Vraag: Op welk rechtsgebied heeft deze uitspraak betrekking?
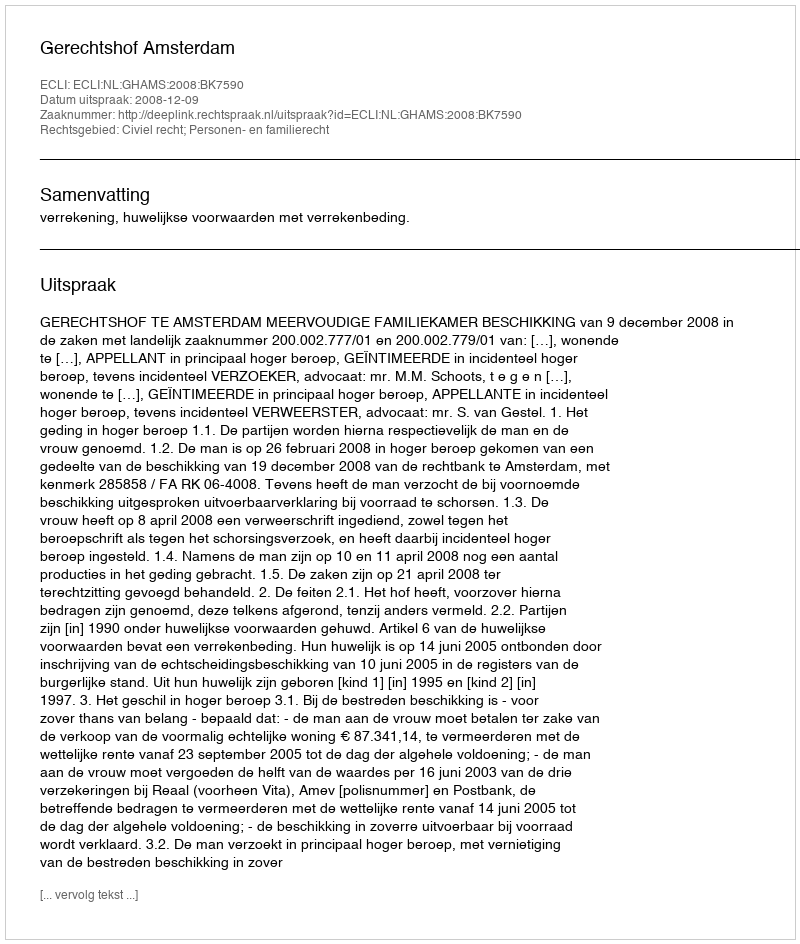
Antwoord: Civiel recht; Personen- en familierecht